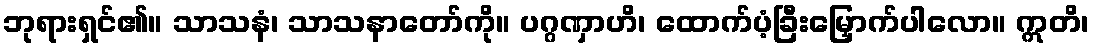
ဘုရားရှင်၏။ သာသနံ၊ သာသနာတော်ကို။ ပဂ္ဂဏှာဟိ၊ ထောက်ပံ့ခြီးမြှောက်ပါလော။ ဣတိ၊